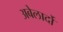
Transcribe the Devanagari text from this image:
अबेलार्दो